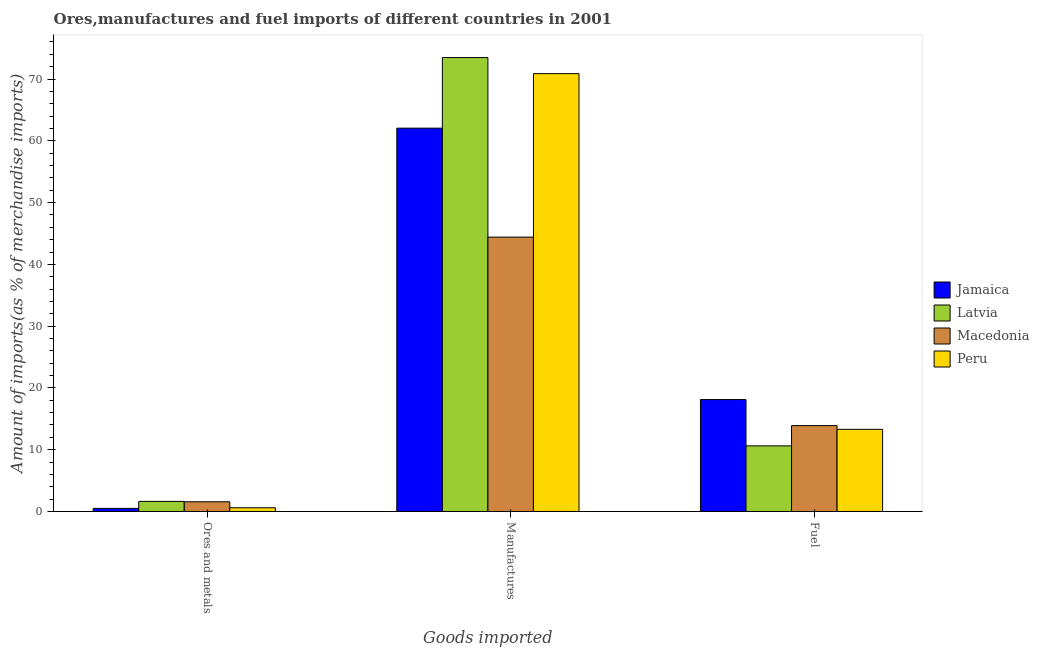
| Goods imported | Jamaica | Latvia | Macedonia | Peru |
 | --- | --- | --- | --- | --- |
 | Ores and metals | 0.501 | 1.63 | 1.57 | 0.605 |
 | Manufactures | 62 | 73.5 | 44.4 | 70.9 |
 | Fuel | 18.1 | 10.6 | 13.9 | 13.3 |